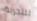
للتجربة